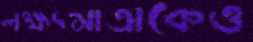
লক্ষ্যমাত্রাকেও